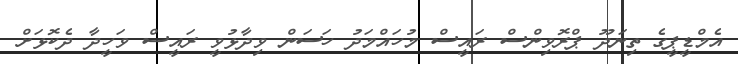
އެމްޑީޕީގެ ތިނަދޫ ޕްރޮވިންސް ރައީސް މުހައްމަދު ހަސަން ވިދާޅުވީ ރައީސް ވަހީދާ ދެކޮޅަށް